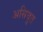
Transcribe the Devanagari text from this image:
असियुत